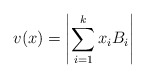
\begin{align*}v(x)=\left|\sum_{i=1}^k x_i B_i \right|\end{align*}